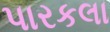
પારકલા